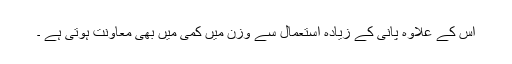
اس کے علاوہ پانی کے زیادہ استعمال سے وزن میں کمی میں بھی معاونت ہوتی ہے ۔